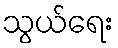
သွယ်ရေး